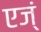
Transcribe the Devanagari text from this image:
एज्ं